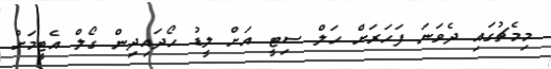
މިމެެޗުގައި ދެވަނަ ފަހަރަށް ހަލް ސިޓީ އަށް ލީޑު ހޯދަައިދިން ގޯލް އެޓީމަށް